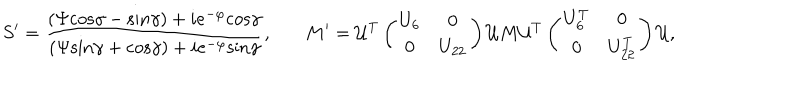
S ^ { \prime } = { \frac { ( \Psi \mathrm { c o s } \gamma - \mathrm { s i n } \gamma ) + i e ^ { - \varphi } \mathrm { c o s } \gamma } { ( \Psi \mathrm { s i n } \gamma + \mathrm { c o s } \gamma ) + i e ^ { - \varphi } \mathrm { s i n } \gamma } } , \ \ \ M ^ { \prime } = { \cal U } ^ { T } \left( \begin{matrix} { { U _ { 6 } } } & { { 0 } } \\ { { 0 } } & { { U _ { 2 2 } } } \\ \end{matrix} \right) { \cal U } M { \cal U } ^ { T } \left( \begin{matrix} { { U _ { 6 } ^ { T } } } & { { 0 } } \\ { { 0 } } & { { U _ { 2 2 } ^ { T } } } \\ \end{matrix} \right) { \cal U } ,